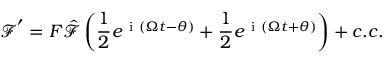
\boldsymbol { \mathcal { F } } ^ { \prime } = F \boldsymbol { \hat { \mathcal { F } } } \left( \frac { 1 } { 2 } e ^ { \mathrm { ~ i ~ } \left( \Omega t - \theta \right) } + \frac { 1 } { 2 } e ^ { \mathrm { ~ i ~ } \left( \Omega t + \theta \right) } \right) + c . c .